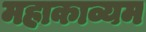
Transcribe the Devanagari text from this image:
महाकाव्यम